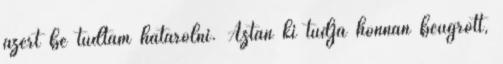
azért be tudtam határolni. Aztán ki tudja honnan beugrott,